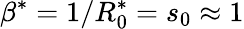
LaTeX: \beta^{*}=1/R_{0}^{*}=s_{0}\approx 1